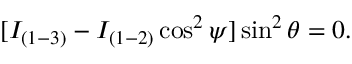
\begin{array} { r } { [ I _ { ( 1 - 3 ) } - I _ { ( 1 - 2 ) } \cos ^ { 2 } \psi ] \sin ^ { 2 } \theta = 0 . } \end{array}